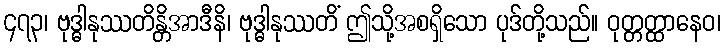
၄၇၃၊ ဗုဒ္ဓါနုဿတိန္တိအာဒီနိ၊ ဗုဒ္ဓါနုဿတိံ ဤသို့အစရှိသော ပုဒ်တို့သည်။ ဝုတ္တတ္ထာနေဝ၊